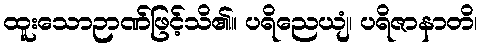
ထူးသောဉာဏ်ဖြင့်သိ၏။ ပရိညေယျံ၊ ပရိဇာနာတိ၊